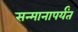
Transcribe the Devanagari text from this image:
सन्मानापर्यंत